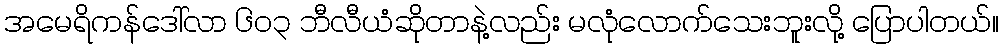
အမေရိကန်ဒေါ်လာ ၆၀၃ ဘီလီယံဆိုတာနဲ့လည်း မလုံလောက်သေးဘူးလို့ ပြောပါတယ်။